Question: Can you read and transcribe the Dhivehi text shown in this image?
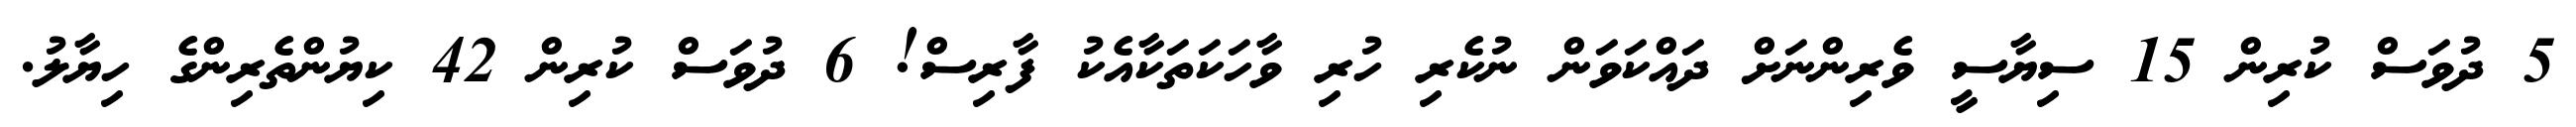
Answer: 5 ދުވަސް ކުރިން 15 ސިޔާސީ ވެރިންނަށް ދައްކަވަން ނުކެރި ހުރި ވާހަކަތަކާއެކު ފާރިސް! 6 ދުވަސް ކުރިން 42 ކިޔުންތެރިންގެ ހިޔާލު.